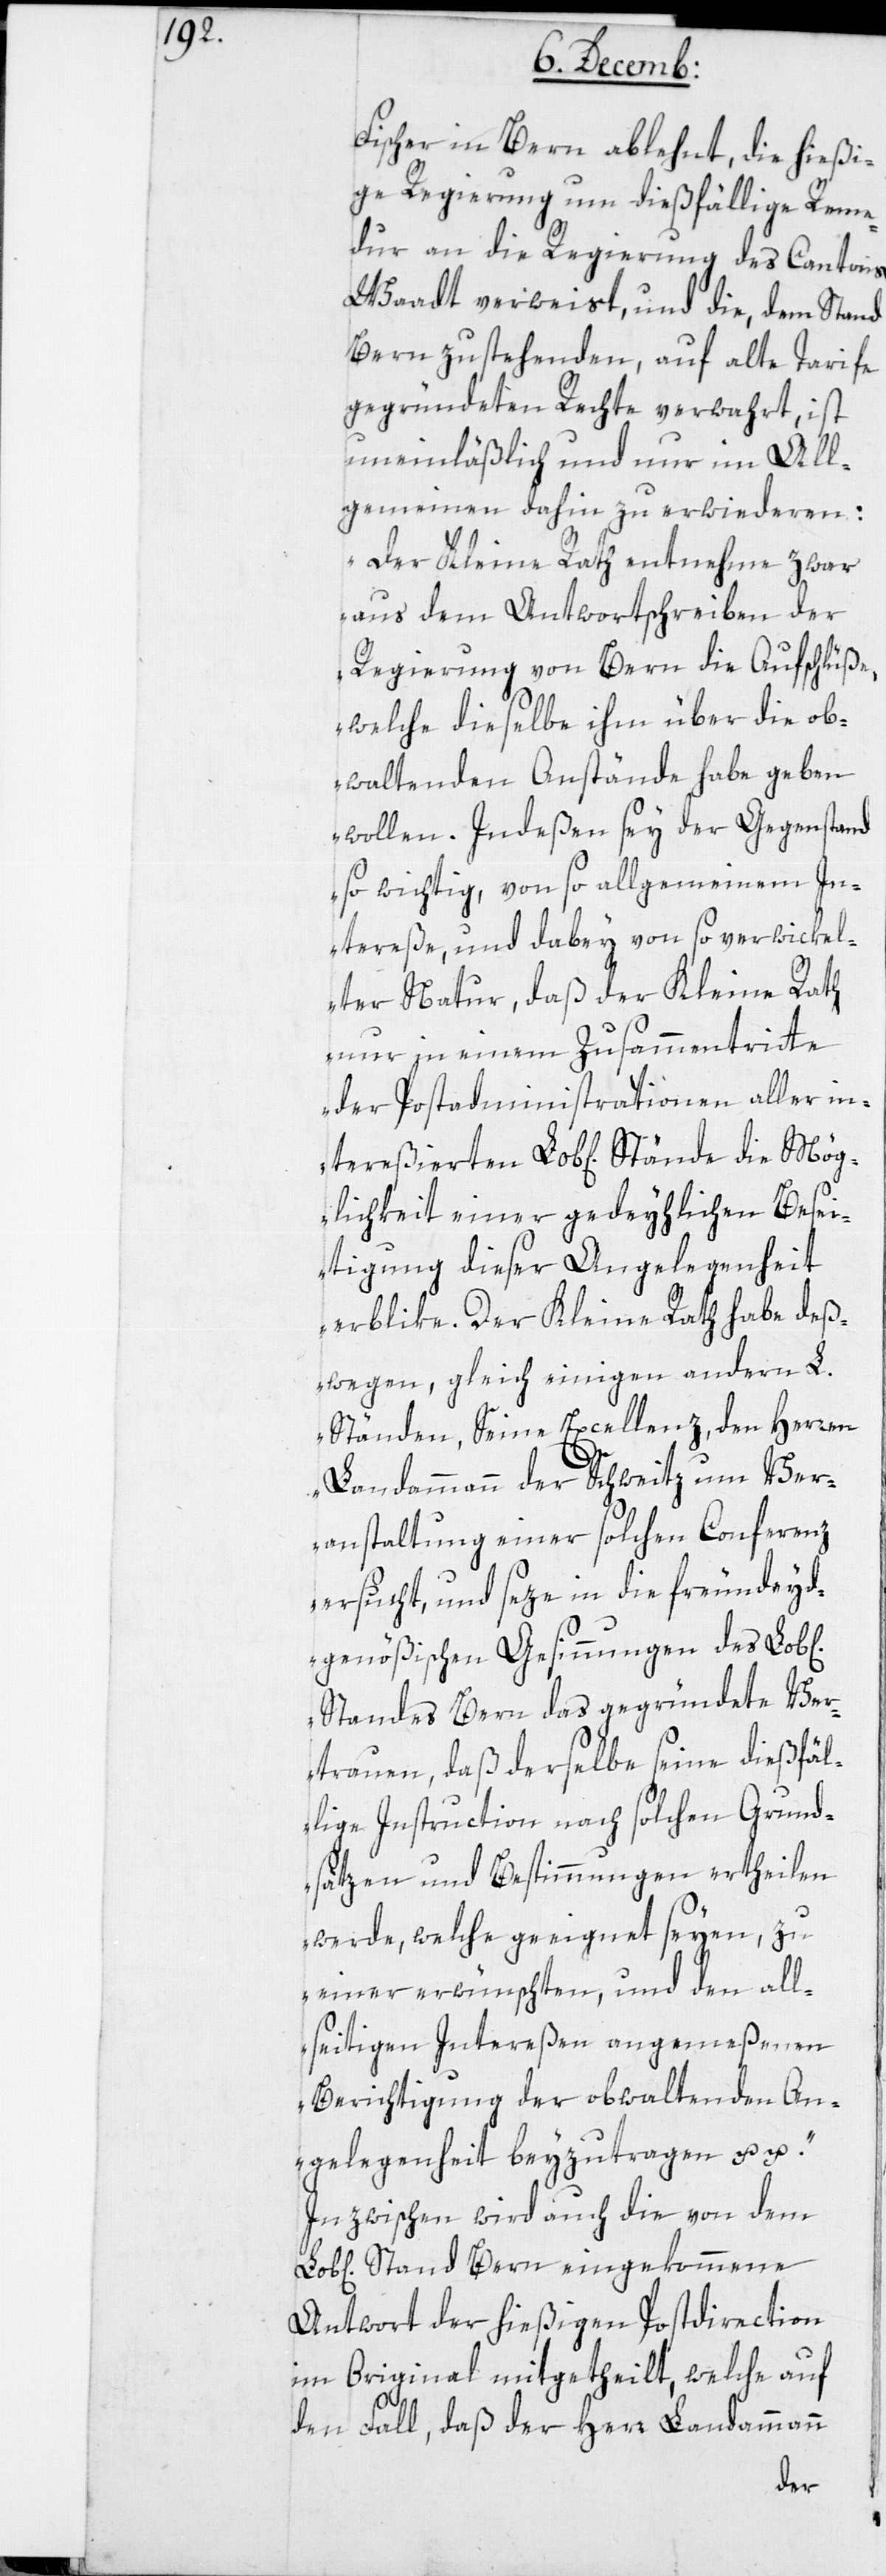
ichen]

Fischer in Bern ablehnt, die hießi¬
ge Regierung um dießfällige Reme¬
dur an die Regierung des Cantons
Waadt verweist, und die, dem Stand
Bern zustehenden, auf alte Tarife
gegründeten Rechte verwahrt, ist
uneinläßlich und nur im All¬
gemeinen dahin zu erwideren:
„Der Kleine Rath entnehme zwar
aus dem Antwortschreiben der
Regierung von Bern die Aufschlüße,
welche dieselbe ihm über die ob¬
waltenden Anstände habe geben
wollen. Indeßen sey der Gegenstand
so wichtig, von so allgemeinem In¬
tereße, und dabey von so verwickel¬
ter Natur, daß der Kleine Rath
nur in einem Zusammentritte
der Postadministrationen aller in¬
tereßierten Lob[lichen] Stände die Mög¬
lichkeit einer gedeyhlichen Besei¬
tigung dieser Angelegenheit
erblike. Der Kleine Rath habe deß¬
wegen, gleich einigen andern L.
Ständen, Seine Excellenz den Herren
Landammann der Schweitz um Ver¬
anstaltung einer solchen Conferenz
ersucht, und seze in die freundeyd¬
genößischen Gesinnungen des Lob[l¬
Standes Bern das gegründete Ver¬
trauen, daß derselbe seine dießfäl¬
lige Instruction nach solchen Grund¬
sätzen und Bestimmungen ertheilen
werde, welche geeignet seyen, zu
einer erwünschten, und den all¬
seitigen Intereßen angemeßenen
Berichtigung der obwaltenden An¬
gelegenheit beyzutragen etc.
Inzwischen wird auch die von dem
Stand Bern eingekommene
Antwort der hießigen Postdirection
im Original mitgetheilt, welche auf
den Fall, daß der Herr Landammann